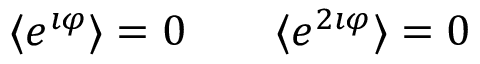
\langle e ^ { \imath \varphi } \rangle = 0 \qquad \langle e ^ { 2 \imath \varphi } \rangle = 0